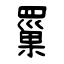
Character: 罺